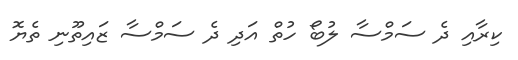
ކިރާއި ދެ ސަމްސާ ލުބޯ ހުތް އަދި ދެ ސަމްސާ ޒައިތޫނި ތެޔޮ